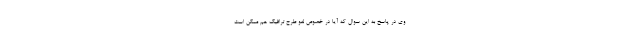
وی در پاسخ به این سوال که آیا در خصوص لغو طرح ترافیک هم ممکن است